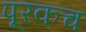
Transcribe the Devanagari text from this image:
पूरकच